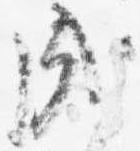
成